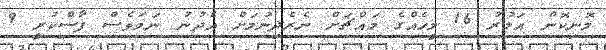
މޮނިކޮން އަމުރު 16 މީހެއްގެ މައްޗަށް ނެރެދިނުމަށް އެދުނު ނަމަވެސް ފާސްކުރީ 9